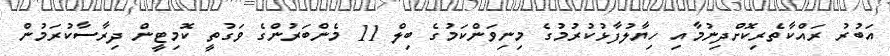
އަބުރު ރައްކާތެރިކޮށްދިނުމާއި ހިޔާލުފާޅުކުރުމުގެ މިނިވަންކަމުގެ ބިލް 11 މެންބަރުންގެ ވަގުތީ ކޮމިޓީން ދިރާސާކުރަމުން